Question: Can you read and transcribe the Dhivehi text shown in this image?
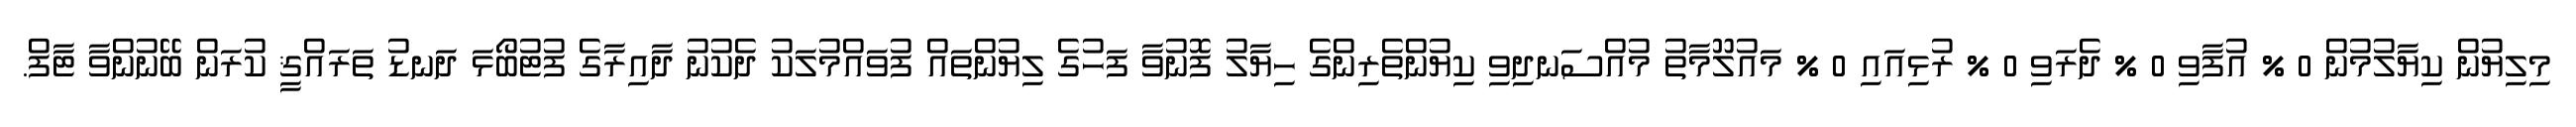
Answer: މިލިޔުން ކިޔާލުމުން 0 % އުފާވި 0 % ދެރަވި 0 % ރުޅިއައި 0 % މައުލޫމާތު މުއްސަނދިވި ކިޔުންތެރިންގެ ހިޔާލު ފޮނުވާ ފަހުގެ ލިޔުންތައް ފުވައްމުލަކު ދެކުނު ދާއިރާގެ ފުޓުބޯޅަ ދަނޑު ތަރައްޤީ ކުރަން ބޭނުންވާ ޓާފް.